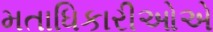
મતાધિકારીઓએ